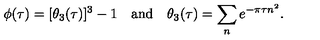
\phi ( \tau ) = [ \theta _ { 3 } ( \tau ) ] ^ { 3 } - 1 \quad \mathrm { a n d } \quad \theta _ { 3 } ( \tau ) = \sum _ { n } e ^ { - \pi \tau n ^ { 2 } } .